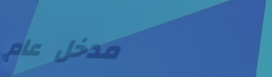
مدخل عام